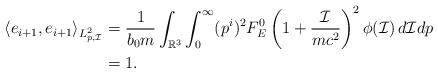
LaTeX: \begin{align*} \langle e_{i+1},e_{i+1}\rangle_{L^2_{p,\mathcal{I}}}&=\frac{1 }{b_0m}\int_{\mathbb{R}^3}\int_0^\infty (p^i)^2 F_E^0\left(1+\frac{\mathcal{I}}{mc^2}\right)^2\phi(\mathcal{I})\,d\mathcal{I}dp\cr &=1. \end{align*}